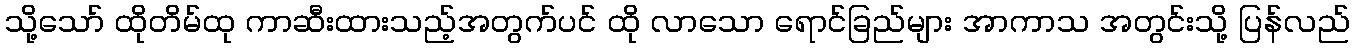
သို့သော် ထိုတိမ်ထု ကာဆီးထားသည့်အတွက်ပင် ထို လာသော ရောင်ခြည်များ အာကာသ အတွင်းသို့ ပြန်လည်